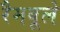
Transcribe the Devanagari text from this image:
रैमबूले